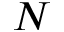
N